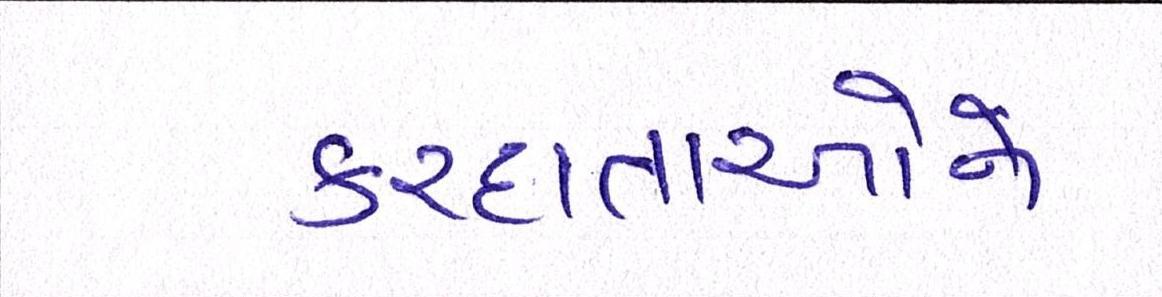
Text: કરદાતાઓને